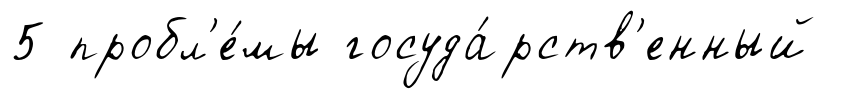
5 пробл'е́мы госуда́рств'енный